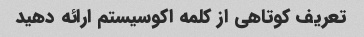
تعریف کوتاهی از کلمه اکوسیستم ارائه دهید